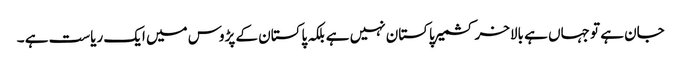
جان ہے تو جہاں ہے بالاخر کشمیر پاکستان نہیں ہے بلکہ پاکستان کے پڑوس میں ایک ریاست ہے ۔